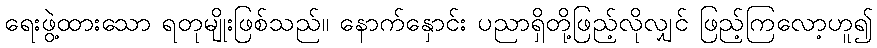
ရေးဖွဲ့ထားသော ရတုမျိုးဖြစ်သည်။ နောက်နှောင်း ပညာရှိတို့ဖြည့်လိုလျှင် ဖြည့်ကြလော့ဟူ၍